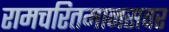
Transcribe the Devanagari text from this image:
रामचरितमानसवर